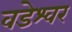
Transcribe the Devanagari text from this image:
वडेश्वर